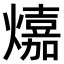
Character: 𤐵